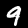
Label: 9